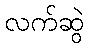
လက်ဆွဲ